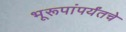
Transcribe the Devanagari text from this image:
भूरूपांपर्यंतचे